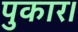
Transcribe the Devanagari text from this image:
पुकार।